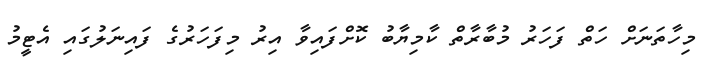
މިހާތަނަށް ހަތް ފަހަރު މުބާރާތް ކާމިޔާބު ކޮށްފައިވާ އިރު މިފަހަރުގެ ފައިނަލުގައި އެޓީމު